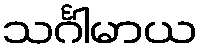
သင်္ဂါမာယ